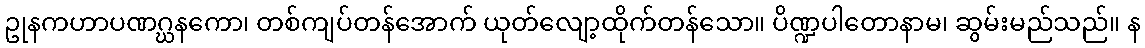
ဥုနကဟာပဏဂ္ဃနကော၊ တစ်ကျပ်တန်အောက် ယုတ်လျော့ထိုက်တန်သော။ ပိဏ္ဍပါတောနာမ၊ ဆွမ်းမည်သည်။ န